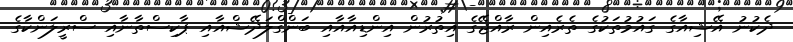
ދެކުނު އޭޝިއާގެ ގައުމުތަކުގެ ތެރެއިން ރާއްޖޭގެ އިތުރުން އިންޑިއާއާއި ބަންގްލަދޭޝްއާއި ޕާކިސްތާނާއި ސްރީލަންކާގެ